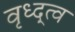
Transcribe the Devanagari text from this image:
वृध्द्त्व